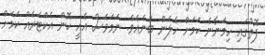
ފޮތުގައި ހިމަނާނެ ކަމަށް ހެލެން ބުނެއެވެ. ނަމަވެސް އެއީ ކޮން އެކްޓަރެއް ކަމަށް